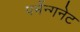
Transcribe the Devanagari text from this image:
पर्मेन्गनेट